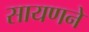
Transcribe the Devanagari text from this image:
सायणने